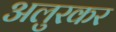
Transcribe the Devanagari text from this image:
अलुरकर